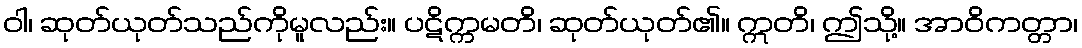
ဝါ၊ ဆုတ်ယုတ်သည်ကိုမူလည်း။ ပဋိက္ကမတိ၊ ဆုတ်ယုတ်၏။ ဣတိ၊ ဤသို့။ အာဝိကတ္တာ၊